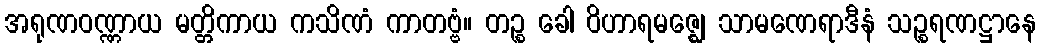
အရုဏဝဏ္ဏာယ မတ္တိကာယ ကသိဏံ ကာတဗ္ဗံ။ တဉ္စ ခေါ ဝိဟာရမဇ္ဈေ သာမဏေရာဒီနံ သဉ္စရဏဋ္ဌာနေ